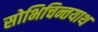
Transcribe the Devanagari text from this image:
सोभिचिन्तयाथ